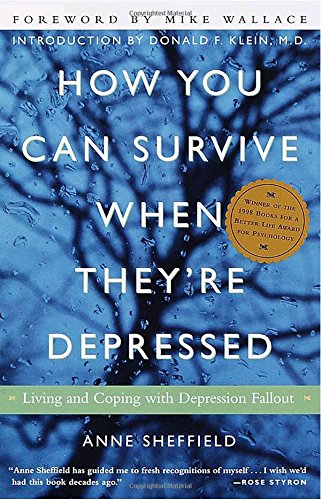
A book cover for How You Can Survive When They're Depressed: Living and Coping with Depression Fallout; Anne Sheffield; Health, Fitness & Dieting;